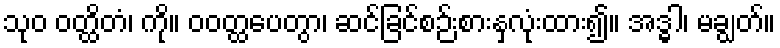
သုဝ ဝတ္ထိတံ၊ ကို။ ဝဝတ္ထပေတွာ၊ ဆင်ခြင်စဉ်းစားနှလုံးထား၍။ အဒ္ဓါ၊ မချွတ်။